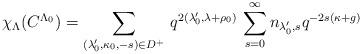
LaTeX: \begin{align*}\chi_\Lambda(C^{\Lambda_0})=\sum_{(\lambda_0',\kappa_0,-s)\in D^+}\,q^{2(\lambda_0',\lambda+\rho_0)}\,\sum_{s=0}^\infty n_{\lambda_0',s}q^{-2s(\kappa+g)}\end{align*}